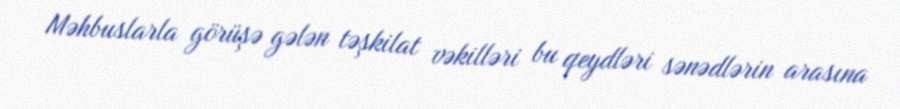
Məhbuslarla görüşə gələn təşkilat vəkilləri bu qeydləri sənədlərin arasına